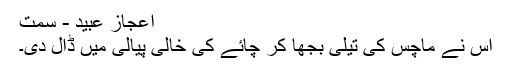
اعجاز عبید - سَمت
اس نے ماچس کی تیلی بجھا کر چائے کی خالی پیالی میں ڈال دی۔